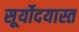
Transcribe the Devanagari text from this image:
सूर्योदयास्त